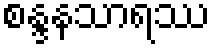
စန္ဒနသာရဿ